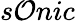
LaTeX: s\mathcal{O}nic